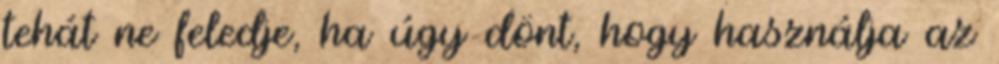
tehát ne feledje, ha úgy dönt, hogy használja az